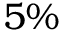
5 \%